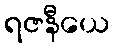
ရဇနီယေ